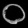
Digit: ၀